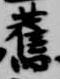
旧